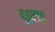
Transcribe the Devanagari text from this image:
धुरए